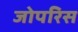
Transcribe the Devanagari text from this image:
जोपरिस